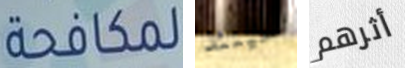
لمكافحة حينئذ أثرهم